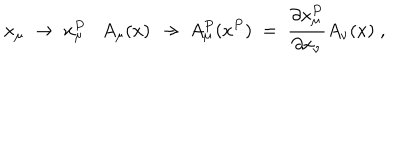
LaTeX: x _ { \mu } \; \to \; x _ { \mu } ^ { P } A _ { \mu } ( x ) \; \to \; A _ { \mu } ^ { P } ( x ^ { P } ) \; = \; \frac { \partial x _ { \mu } ^ { P } } { \partial x _ { \nu } } A _ { \nu } ( x ) \; ,